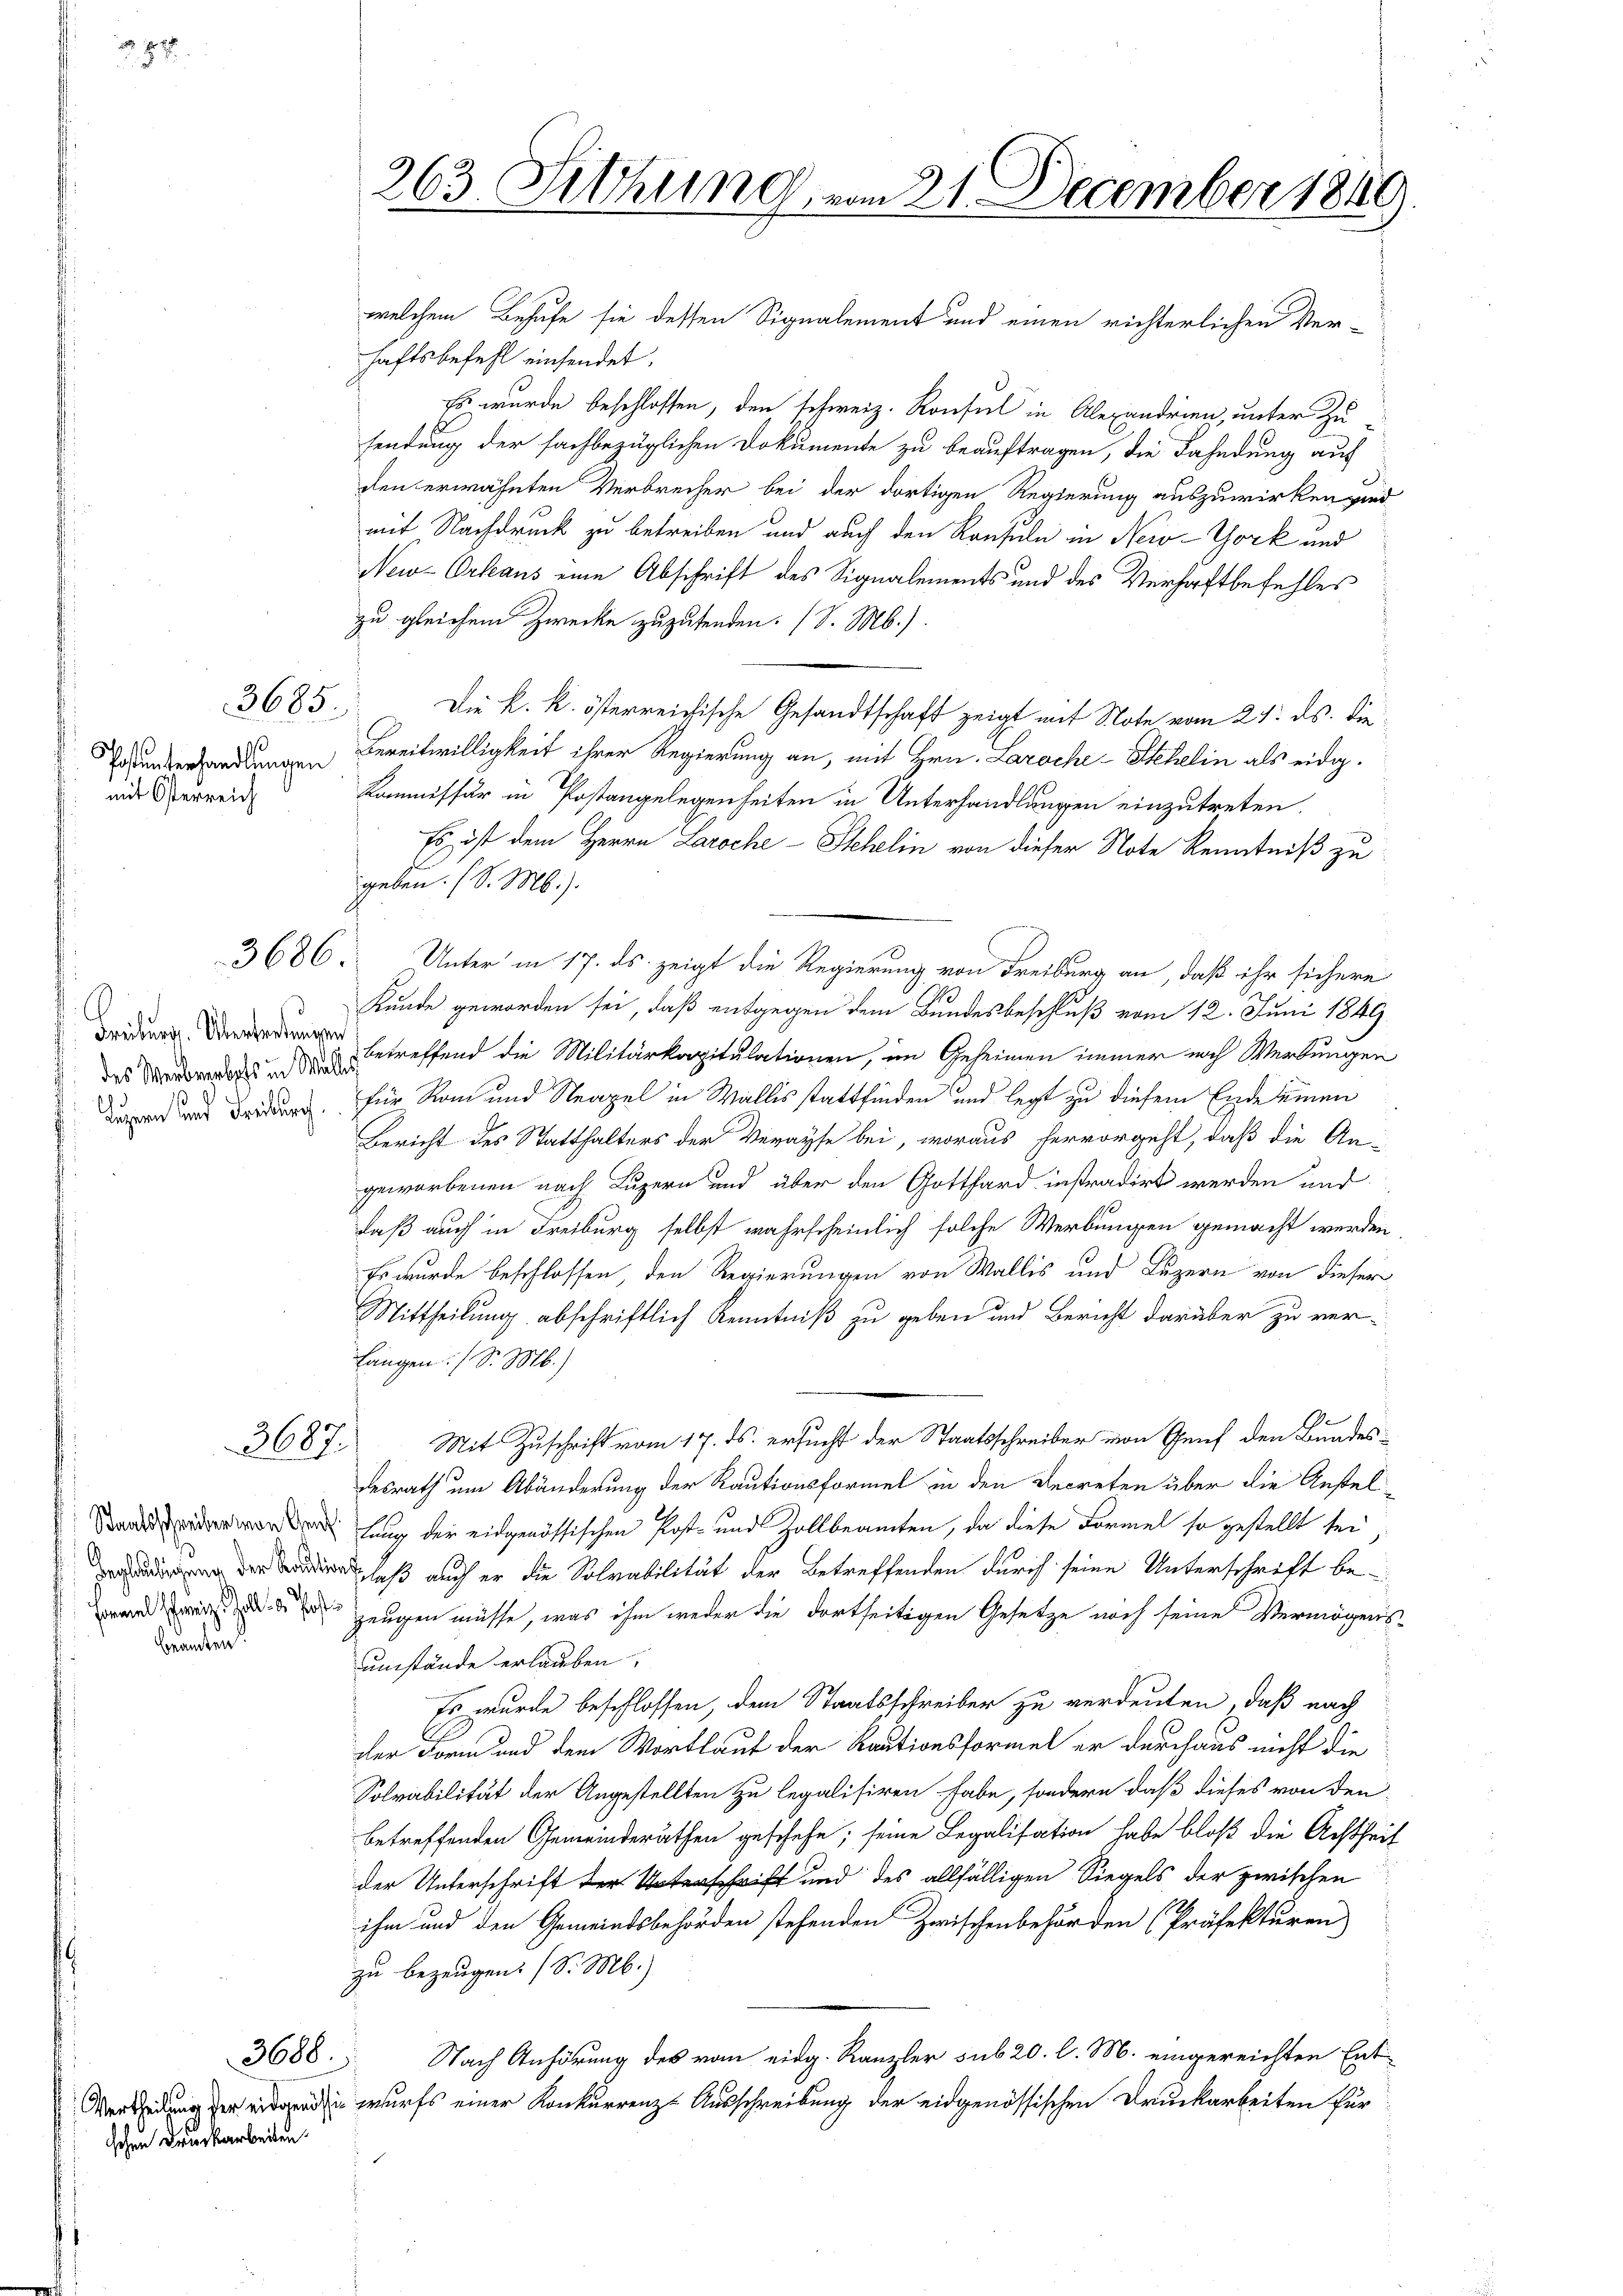
87

Post unterhandlungen
mit Österreich

beamten

3685.

3686.

Freiburg. Überteilungen
Dagegen und Freiburg,

3687.

Formel schweiz. Zoll u. Post

3688.

schen Druckarbeiten

263. Sitzung vom 21. December 1840.

welchem Behufe sie dessen Signalement und einen richterlichen Ver-
haftsbefehl einsendet.
Es wurde beschlossen, den schweiz. Konsul in Alexandrien, unter Zu-
sendung der fachbezüglichen Dokumente zu beauftragen, die Fahndung auf
den erwähnten Verbrecher bei der dortigen Regierung auszuwirken wird
mit Nachdruck zu betreiben und auch den Konsuln in New-York und
New-Orleans eine Abschrift des Signalements und des Verhaftbefehles
zu gleichem Zwecke zuzufenden. (S. M.).
Die k. k. österreichische Gesandtschaft zeigt mit Note vom 21. ds. die
Bereitwilligkeit ihrer Regierung an, mit Hrn. Laroche-Stehelin als eidg.
Kommissär in Postangelegenheiten in Unterhandlungen einzutreten.
Es ist dem Herrn Laroche - Stehelin von dieser Note Kenntniß zu
geben. (S. M.).
Unter in 17. ds. zeigt die Regierung von Freiburg an, daß ihr sichere
Kunde geworden sei, daß entgegen dem Bundesbeschluß vom 12. Juni 1849
das Werradens betreffend die Militärkorpitulationen, im Geheimen immer noch Werbungen
für Rom und Neapel in Wallis stattfinden und legt zu diesem Ende seinen
Bericht des Statthalters der Verause bei, woraus hervorgeht, daß die An-
geworbenen nach Luzern und über den Gotthard instradirt werden und
daß auch in Freiburg selbst wahrscheinlich solche Werbungen gemacht werden
Es wurde beschlossen, den Regierungen von Wallis und Luzern von dieser
Mittheilung abschriftlich Kenntniß zu geben und Bericht darüber zu ver¬
Langen (S. M.)
Mit Zuschrift vom 17. ds. ersucht der Staatsschreiber von Genf den Bundesdesrath um Abänderung der Rautionsformel in den Decreten über die Austel¬
 Ling der eidgenössischen Post- und Zollbeamten, da diese Formel so gestellt sei
 der Bern, daß auch er die Solvabilität der Betreffenden durch seine Unterschrift be
 zeugen müsse, was ihm weder die dortseitigen Gesetze noch seine Vermögens
umstände erlauben.
Es wurde beschlossen, dem Staatsschreiber zu verdeuten, daß nach
.
der Form und dem Wortlauf der Raationsformel er durchaus nicht die
Solvabilität der Angestellten zu legalisiren habe, sondern daß dieses von den
betreffenden Gemeinderäthen geschehe; seine Legalisation habe bloß die Achtheit
der Unterschrift der Unterschrift und des allfälligen Siegels der zwischen
ihm und den Gemeindsbehörden stehenden Zwischenbehörden (Präfekturen
zu bezeugen. (S. M.)
Nach Anhörung des vom eidg. Kanzler sub 20. l. M. eingereichten Entwurfs einer Konkurrenz-Ausschreibung der eidgenössischen Druckarbeiten für